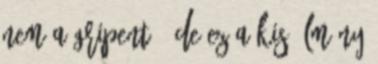
nem a gripent , de ez a kis élmény